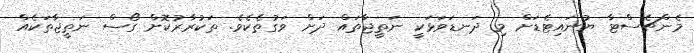
މެންޗެސްޓާ ޔުނައިޓެޑަށް މި ދަނޑަވަޅަކީ ނަތީޖާތައް ދަށް ވަގުތެކެވެ. ތަކުރާރުކޮށް ގޯސް ނަތީޖާތަކެއް